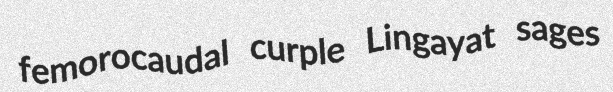
femorocaudal curple Lingayat sages